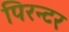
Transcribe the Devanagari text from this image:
पिरन्टर